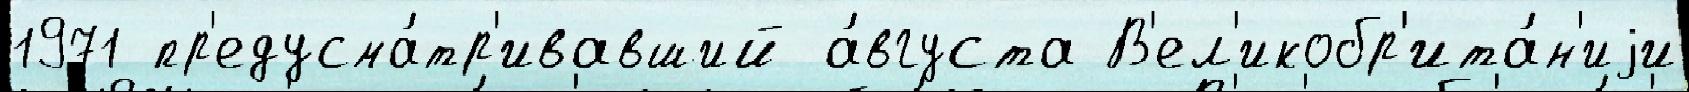
1971 пр'едусма́тр'ивавший а́вгуста В'ел'икобр'ита́н'иjи